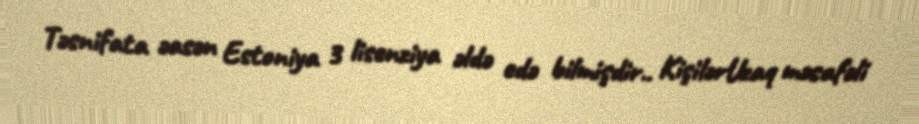
Təsnifata əasən Estoniya 3 lisenziya əldə edə bilmişdir.. KişilərUzaq məsafəli